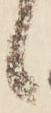
候